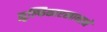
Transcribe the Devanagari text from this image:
झुल्फिकारखानाने